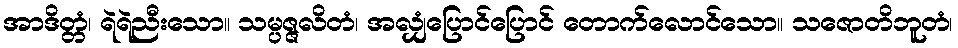
အာဒိတ္တံ၊ ရဲရဲညီးသော။ သမ္ပဇ္ဇလိတံ၊ အလျှံပြောင်ပြောင် တောက်လောင်သော။ သဇောတိဘူတံ၊